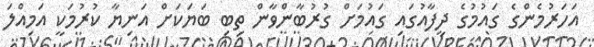
އަހަރުމެންގެ ގައުމުގެ ދިފާއުގައި ގައުމަށް ގުރުބާންވާން ތިބި ބަޔަކަށް އަނިޔާ ކުރުމަކީ އަމިއްލަ